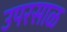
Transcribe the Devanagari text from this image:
उपरसाळ